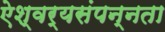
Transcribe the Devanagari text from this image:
ऐश्वर्यसंपन्नता